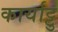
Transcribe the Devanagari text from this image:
कार्याट्टु